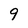
Character: 9